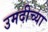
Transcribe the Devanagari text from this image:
उमदीच्या